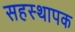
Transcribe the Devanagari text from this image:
सहस्थापक